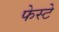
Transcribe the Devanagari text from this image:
फेस्टे